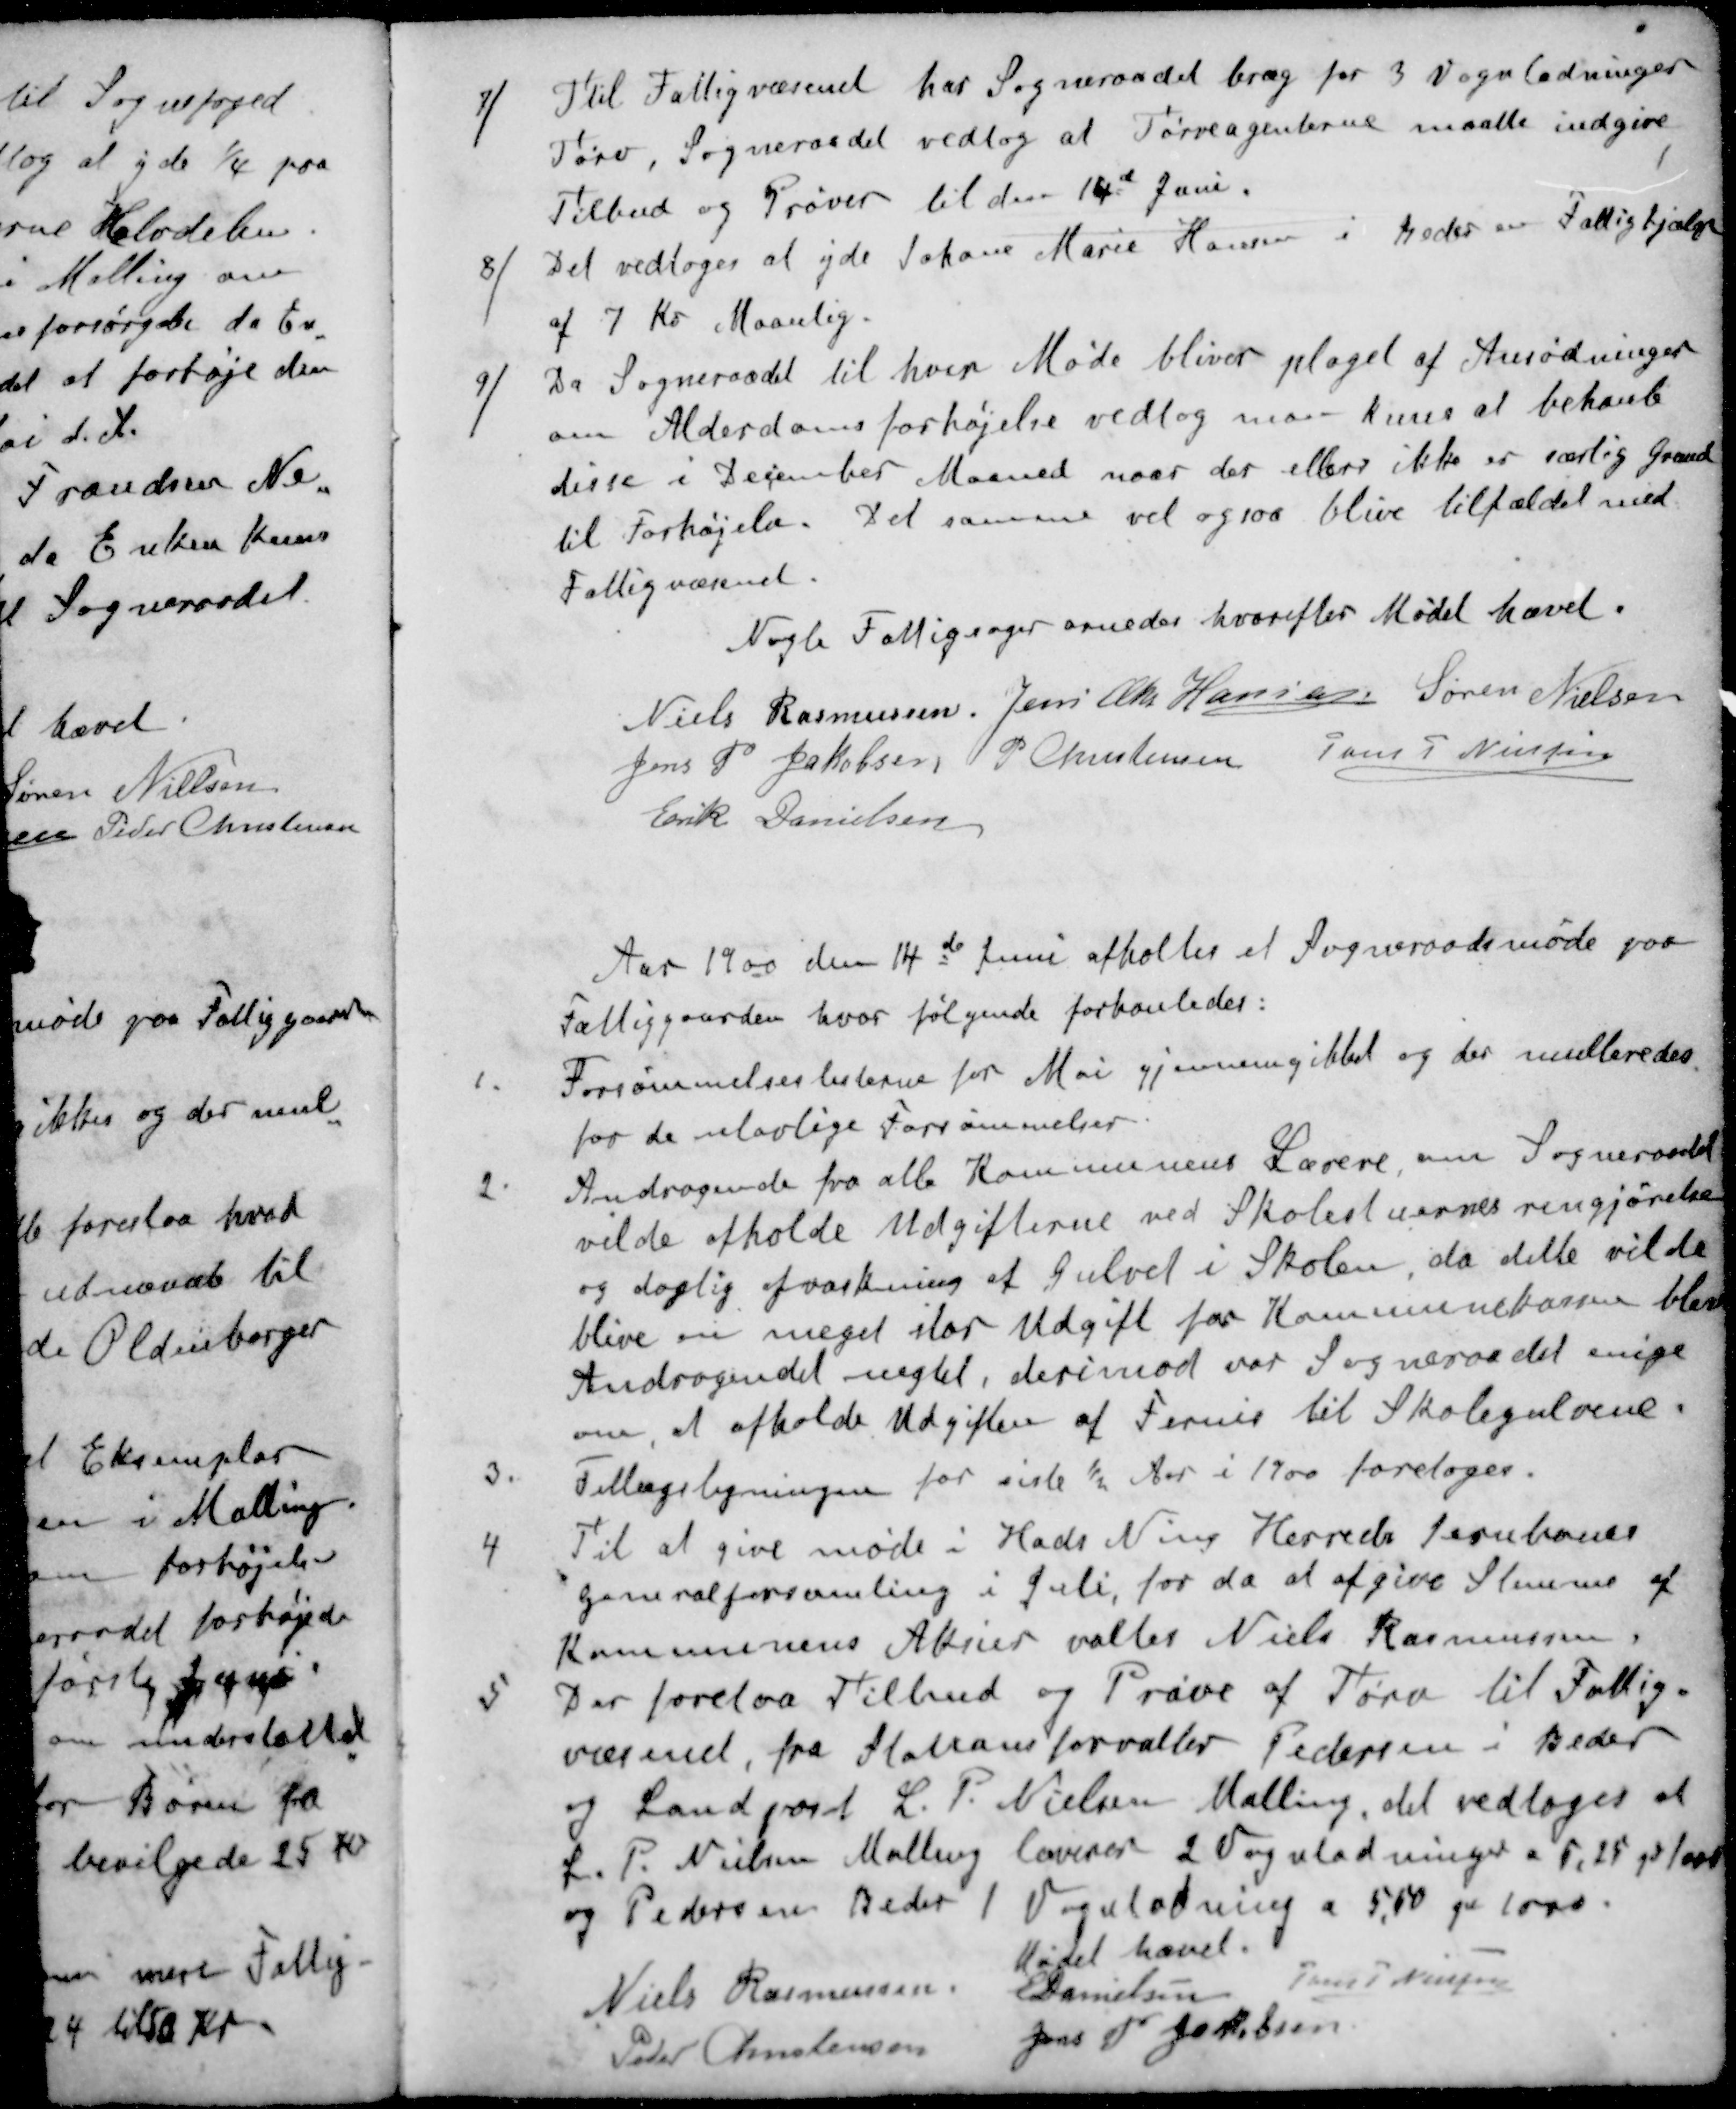
Transskription:
7 / Til Fattigvæsenet har Sogneraadet brug for 3 Vognladninger
Tørv, Sogneraadet vedtog at Tørveagenterne maatte indgive
Tilbud og Prøver til den 14de Juni.
8 / Det vedtoges at yde Johane Marie Hansen i Beder en Fattighjælp
af 7 Kr Maanlig.
9 / Da Sogneraadet til hver Møde bliver plaget af Ansødninger
om Alderdomsforhøjelse vedtog man kuns at behanle
disse i December Maaned naar der ellers ikke er særlig Grund
til Forhøjelse. Det samme vil ogsaa blive tilfældet med
Fattigvæsenet.
Nogle Fattigsager ornedes hvorefter Mødet hævet.
Niels Rasmussen
Jens Chr Hansen
Søren Nielsen
Jens P Jakobsen
P Christensen
Jens P Nielsen
Erik Danielsen
Aar 1900 den 14de Juni afholtes et Sogneraadsmøde paa
Fattiggaarden, hvor følgende forhanledes:
1. Forsømmelseslisterne for Mai gjennemgikket og der multeredes
for de ulovlige Forsømmelser.
2. Andragende fra alle Kommunens Lærere, om Sogneraadet
vilde afholde Udgifterne ved Skolestuernes rengjørelse
og daglig afvaskning af Gulvet i Skolen, da dette vilde
blive en meget stor Udgift for Kommunekassen blev
Andragendet nægtet, derimod var Sogneraadet enige
om at afholde Udgiften af Fernis til Skolegulvene.
3. Tillægsligningen for siste ½ Aar i 1900 foretoges.
4 Til at give møde i Hads Ning Herreds Jernbanes
generalforsamling i Juli, for da at afgive Stemme af
Kommunens Aktier valtes Niels Rasmussen
5 Der forelaa Tilbud og Prøve af Tørv til Fattig
væsenet, fra Stationsforvalter Pedersen i Beder
og Landpost L. P. Nielsen Malling, det vedtoges at
L. P. Nielsen Malling leverer 2 Vognladninger a 5,25 pr 1000
og Pedersen Beder 1 Vognladning a 5,50 pr 1000.
Mødet hævet.
Niels Rasmussen
E Danielsen
Jens  P Nielsen
Peder Christensen
Jens P Jacobsen